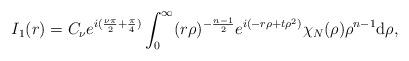
LaTeX: \begin{align*}I_1(r)=C_{\nu}e^{i(\frac{\nu\pi}2+\frac{\pi}4)}\int_0^\infty(r\rho)^{-\frac{n-1}2}e^{i(-r\rho+t\rho^2)}\chi_{N}(\rho)\rho^{n-1}\mathrm{d}\rho,\end{align*}